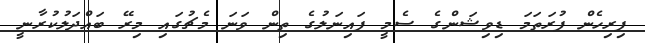
ފިިރިހެން ފުރަތަމަ ޑިވިޝަންގެ ސެމީ ފައިނަލުގެ ތިން ވަނަ މެޗުގައި މިރޭ ބައްދަލުކުރާނީ